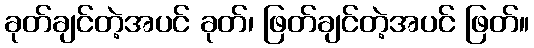
ခုတ်ချင်တဲ့အပင် ခုတ်၊ ဖြတ်ချင်တဲ့အပင် ဖြတ်။